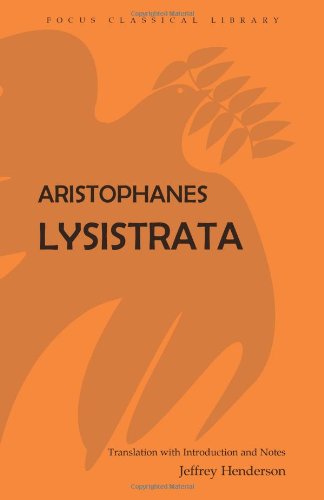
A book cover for Aristophanes: Lysistrata (Focus Classical Library); Aristophanes; Literature & Fiction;